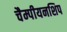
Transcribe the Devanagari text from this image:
चैम्पीयनशिप